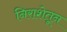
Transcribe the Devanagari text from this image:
निराशेतून